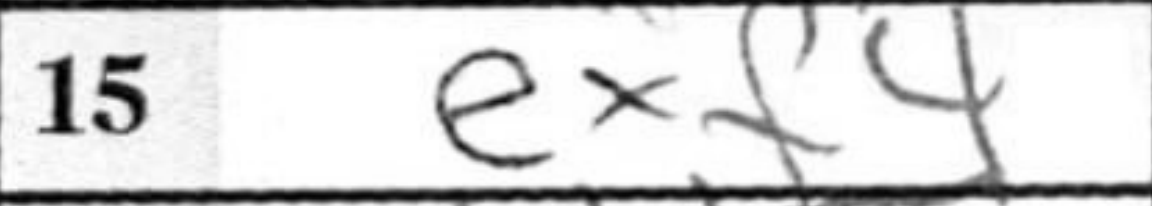
Transcription: exf4